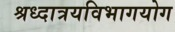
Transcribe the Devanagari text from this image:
श्रध्दात्रयविभागयोग